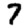
Digit: 7